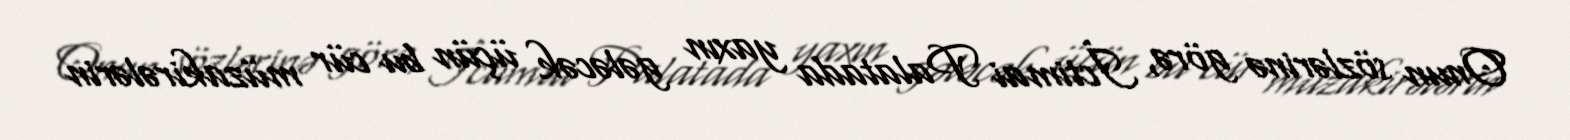
Onun sözlərinə görə, İctimai Palatada yaxın gələcək üçün bu cür müzakirələrin